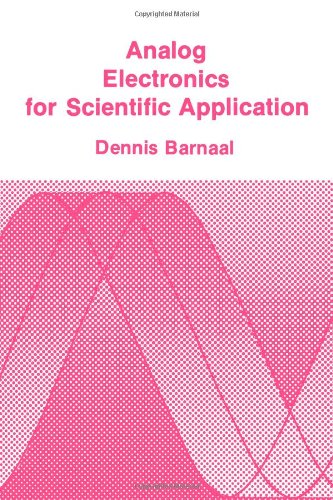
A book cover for Analog Electronics for Scientific Application; Dennis Barnaal; Science & Math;